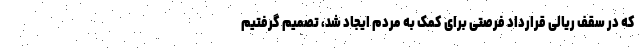
که در سقف ریالی قرارداد فرصتی برای کمک به مردم ایجاد شد، تصمیم گرفتیم